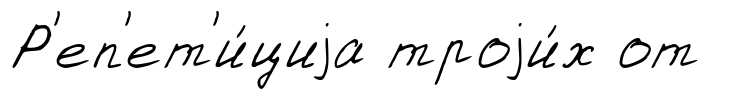
Р'еп'ет'и́циjа троjи́х от